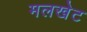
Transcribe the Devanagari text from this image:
मलखेट